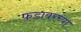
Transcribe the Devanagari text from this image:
फडावरच्या